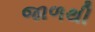
જાળથી